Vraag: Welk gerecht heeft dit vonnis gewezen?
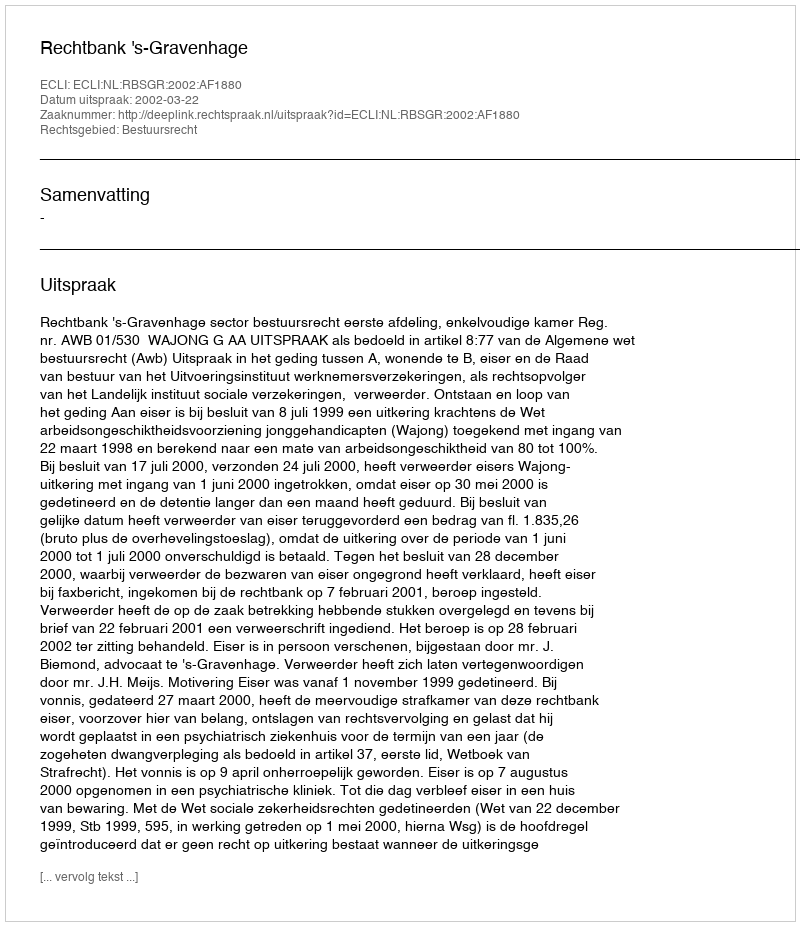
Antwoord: Rechtbank 's-Gravenhage